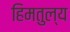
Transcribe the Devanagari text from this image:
हिमतुल्य